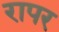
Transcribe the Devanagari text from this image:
रापर